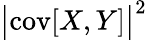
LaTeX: \bigl\vert\operatorname{cov}[X,Y]\bigr\vert^{2}